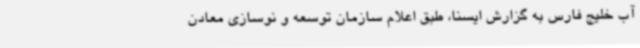
آب خلیج فارس به گزارش ایسنا، طبق اعلام سازمان توسعه و نوسازی معادن